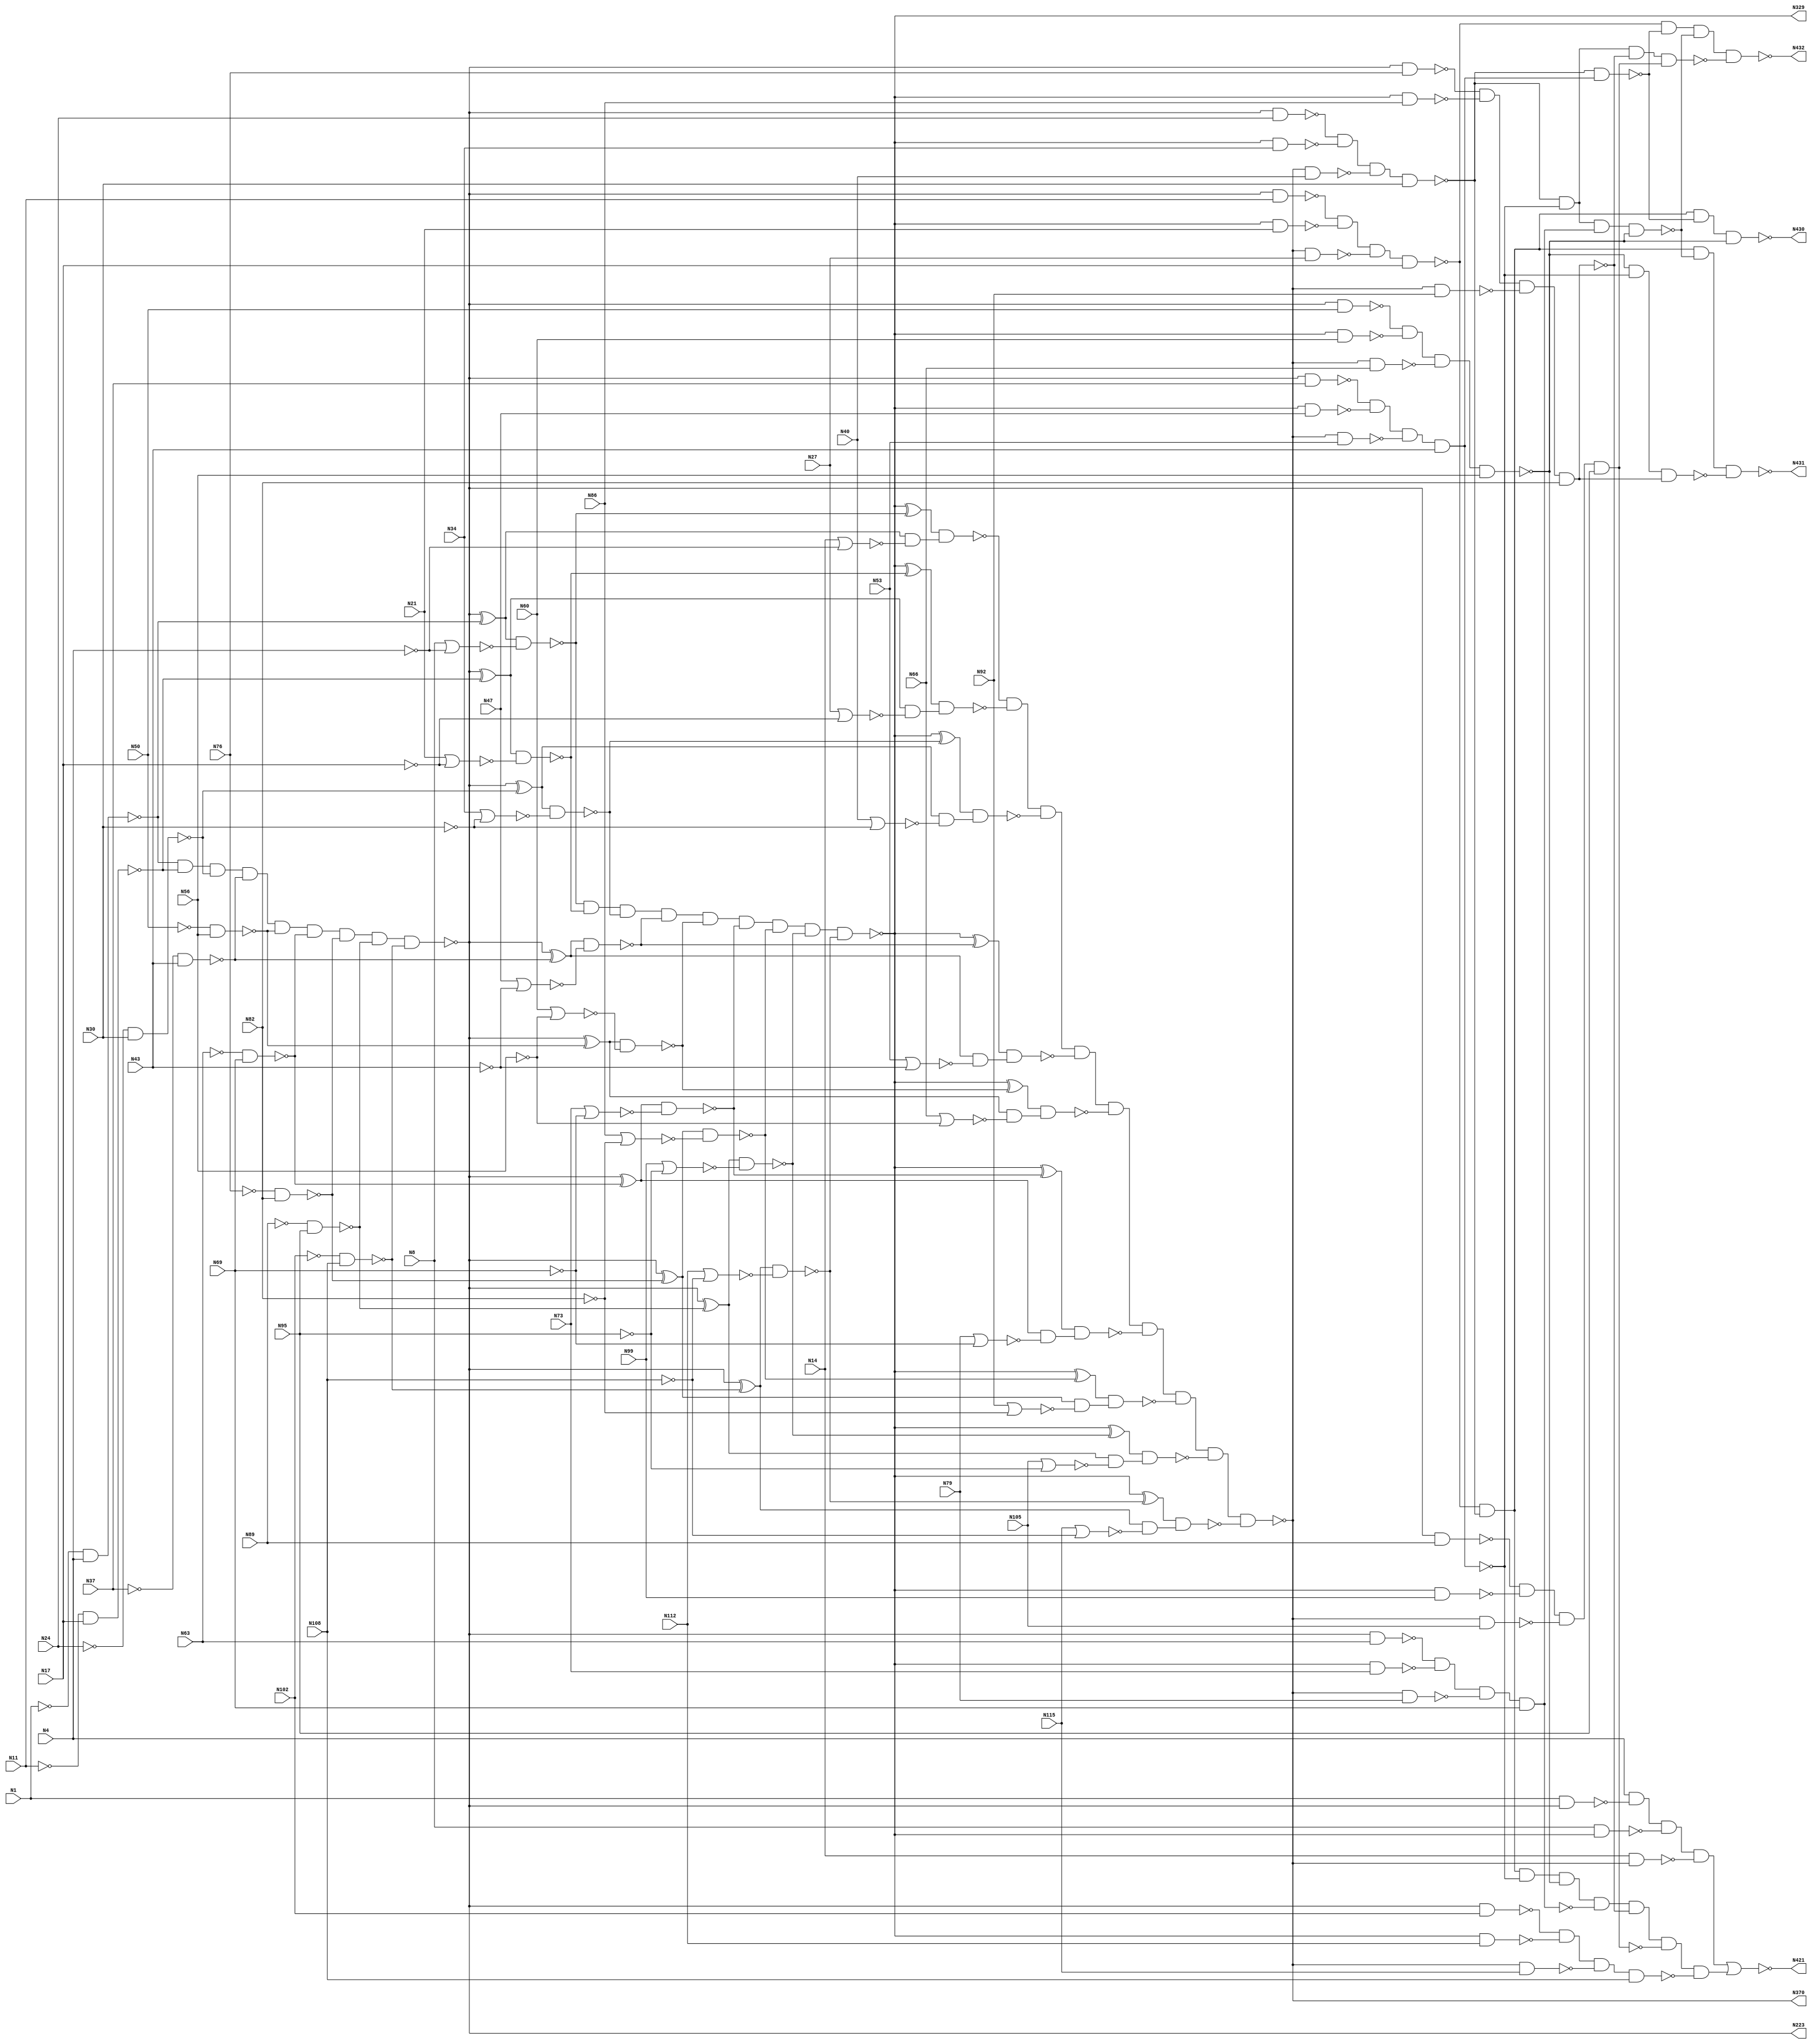

module c432 (N1,N4,N8,N11,N14,N17,N21,N24,N27,N30,
             N34,N37,N40,N43,N47,N50,N53,N56,N60,N63,
             N66,N69,N73,N76,N79,N82,N86,N89,N92,N95,
             N99,N102,N105,N108,N112,N115,N223,N329,N370,N421,
             N430,N431,N432);

input N1,N4,N8,N11,N14,N17,N21,N24,N27,N30,
      N34,N37,N40,N43,N47,N50,N53,N56,N60,N63,  
      N66,N69,N73,N76,N79,N82,N86,N89,N92,N95, 
      N99,N102,N105,N108,N112,N115;

output N223,N329,N370,N421,N430,N431,N432;

wire N118,N119,N122,N123,N126,N127,N130,N131,N134,N135,
     N138,N139,N142,N143,N146,N147,N150,N151,N154,N157,
     N158,N159,N162,N165,N168,N171,N174,N177,N180,N183,
     N184,N185,N186,N187,N188,N189,N190,N191,N192,N193,
     N194,N195,N196,N197,N198,N199,N203,N213,N224,N227,
     N230,N233,N236,N239,N242,N243,N246,N247,N250,N251,
     N254,N255,N256,N257,N258,N259,N260,N263,N264,N267,
     N270,N273,N276,N279,N282,N285,N288,N289,N290,N291,
     N292,N293,N294,N295,N296,N300,N301,N302,N303,N304,
     N305,N306,N307,N308,N309,N319,N330,N331,N332,N333,
     N334,N335,N336,N337,N338,N339,N340,N341,N342,N343,
     N344,N345,N346,N347,N348,N349,N350,N351,N352,N353,
     N354,N355,N356,N357,N360,N371,N372,N373,N374,N375,
     N376,N377,N378,N379,N380,N381,N386,N393,N399,N404,
     N407,N411,N414,N415,N416,N417,N418,N419,N420,N422,
     N425,N428,N429;

not NOT1_1 (N118, N1);
not NOT1_2 (N119, N4);
not NOT1_3 (N122, N11);
not NOT1_4 (N123, N17);
not NOT1_5 (N126, N24);
not NOT1_6 (N127, N30);
not NOT1_7 (N130, N37);
not NOT1_8 (N131, N43);
not NOT1_9 (N134, N50);
not NOT1_10 (N135, N56);
not NOT1_11 (N138, N63);
not NOT1_12 (N139, N69);
not NOT1_13 (N142, N76);
not NOT1_14 (N143, N82);
not NOT1_15 (N146, N89);
not NOT1_16 (N147, N95);
not NOT1_17 (N150, N102);
not NOT1_18 (N151, N108);
nand NAND2_19 (N154, N118, N4);
nor NOR2_20 (N157, N8, N119);
nor NOR2_21 (N158, N14, N119);
nand NAND2_22 (N159, N122, N17);
nand NAND2_23 (N162, N126, N30);
nand NAND2_24 (N165, N130, N43);
nand NAND2_25 (N168, N134, N56);
nand NAND2_26 (N171, N138, N69);
nand NAND2_27 (N174, N142, N82);
nand NAND2_28 (N177, N146, N95);
nand NAND2_29 (N180, N150, N108);
nor NOR2_30 (N183, N21, N123);
nor NOR2_31 (N184, N27, N123);
nor NOR2_32 (N185, N34, N127);
nor NOR2_33 (N186, N40, N127);
nor NOR2_34 (N187, N47, N131);
nor NOR2_35 (N188, N53, N131);
nor NOR2_36 (N189, N60, N135);
nor NOR2_37 (N190, N66, N135);
nor NOR2_38 (N191, N73, N139);
nor NOR2_39 (N192, N79, N139);
nor NOR2_40 (N193, N86, N143);
nor NOR2_41 (N194, N92, N143);
nor NOR2_42 (N195, N99, N147);
nor NOR2_43 (N196, N105, N147);
nor NOR2_44 (N197, N112, N151);
nor NOR2_45 (N198, N115, N151);
and AND9_46 (N199, N154, N159, N162, N165, N168, N171, N174, N177, N180);
not NOT1_47 (N203, N199);
not NOT1_48 (N213, N199);
not NOT1_49 (N223, N199);
xor XOR2_50 (N224, N203, N154);
xor XOR2_51 (N227, N203, N159);
xor XOR2_52 (N230, N203, N162);
xor XOR2_53 (N233, N203, N165);
xor XOR2_54 (N236, N203, N168);
xor XOR2_55 (N239, N203, N171);
nand NAND2_56 (N242, N1, N213);
xor XOR2_57 (N243, N203, N174);
nand NAND2_58 (N246, N213, N11);
xor XOR2_59 (N247, N203, N177);
nand NAND2_60 (N250, N213, N24);
xor XOR2_61 (N251, N203, N180);
nand NAND2_62 (N254, N213, N37);
nand NAND2_63 (N255, N213, N50);
nand NAND2_64 (N256, N213, N63);
nand NAND2_65 (N257, N213, N76);
nand NAND2_66 (N258, N213, N89);
nand NAND2_67 (N259, N213, N102);
nand NAND2_68 (N260, N224, N157);
nand NAND2_69 (N263, N224, N158);
nand NAND2_70 (N264, N227, N183);
nand NAND2_71 (N267, N230, N185);
nand NAND2_72 (N270, N233, N187);
nand NAND2_73 (N273, N236, N189);
nand NAND2_74 (N276, N239, N191);
nand NAND2_75 (N279, N243, N193);
nand NAND2_76 (N282, N247, N195);
nand NAND2_77 (N285, N251, N197);
nand NAND2_78 (N288, N227, N184);
nand NAND2_79 (N289, N230, N186);
nand NAND2_80 (N290, N233, N188);
nand NAND2_81 (N291, N236, N190);
nand NAND2_82 (N292, N239, N192);
nand NAND2_83 (N293, N243, N194);
nand NAND2_84 (N294, N247, N196);
nand NAND2_85 (N295, N251, N198);
and AND9_86 (N296, N260, N264, N267, N270, N273, N276, N279, N282, N285);
not NOT1_87 (N300, N263);
not NOT1_88 (N301, N288);
not NOT1_89 (N302, N289);
not NOT1_90 (N303, N290);
not NOT1_91 (N304, N291);
not NOT1_92 (N305, N292);
not NOT1_93 (N306, N293);
not NOT1_94 (N307, N294);
not NOT1_95 (N308, N295);
not NOT1_96 (N309, N296);
not NOT1_97 (N319, N296);
not NOT1_98 (N329, N296);
xor XOR2_99 (N330, N309, N260);
xor XOR2_100 (N331, N309, N264);
xor XOR2_101 (N332, N309, N267);
xor XOR2_102 (N333, N309, N270);
nand NAND2_103 (N334, N8, N319);
xor XOR2_104 (N335, N309, N273);
nand NAND2_105 (N336, N319, N21);
xor XOR2_106 (N337, N309, N276);
nand NAND2_107 (N338, N319, N34);
xor XOR2_108 (N339, N309, N279);
nand NAND2_109 (N340, N319, N47);
xor XOR2_110 (N341, N309, N282);
nand NAND2_111 (N342, N319, N60);
xor XOR2_112 (N343, N309, N285);
nand NAND2_113 (N344, N319, N73);
nand NAND2_114 (N345, N319, N86);
nand NAND2_115 (N346, N319, N99);
nand NAND2_116 (N347, N319, N112);
nand NAND2_117 (N348, N330, N300);
nand NAND2_118 (N349, N331, N301);
nand NAND2_119 (N350, N332, N302);
nand NAND2_120 (N351, N333, N303);
nand NAND2_121 (N352, N335, N304);
nand NAND2_122 (N353, N337, N305);
nand NAND2_123 (N354, N339, N306);
nand NAND2_124 (N355, N341, N307);
nand NAND2_125 (N356, N343, N308);
and AND9_126 (N357, N348, N349, N350, N351, N352, N353, N354, N355, N356);
not NOT1_127 (N360, N357);
not NOT1_128 (N370, N357);
nand NAND2_129 (N371, N14, N360);
nand NAND2_130 (N372, N360, N27);
nand NAND2_131 (N373, N360, N40);
nand NAND2_132 (N374, N360, N53);
nand NAND2_133 (N375, N360, N66);
nand NAND2_134 (N376, N360, N79);
nand NAND2_135 (N377, N360, N92);
nand NAND2_136 (N378, N360, N105);
nand NAND2_137 (N379, N360, N115);
nand NAND4_138 (N380, N4, N242, N334, N371);
nand NAND4_139 (N381, N246, N336, N372, N17);
nand NAND4_140 (N386, N250, N338, N373, N30);
nand NAND4_141 (N393, N254, N340, N374, N43);
nand NAND4_142 (N399, N255, N342, N375, N56);
nand NAND4_143 (N404, N256, N344, N376, N69);
nand NAND4_144 (N407, N257, N345, N377, N82);
nand NAND4_145 (N411, N258, N346, N378, N95);
nand NAND4_146 (N414, N259, N347, N379, N108);
not NOT1_147 (N415, N380);
and AND8_148 (N416, N381, N386, N393, N399, N404, N407, N411, N414);
not NOT1_149 (N417, N393);
not NOT1_150 (N418, N404);
not NOT1_151 (N419, N407);
not NOT1_152 (N420, N411);
nor NOR2_153 (N421, N415, N416);
nand NAND2_154 (N422, N386, N417);
nand NAND4_155 (N425, N386, N393, N418, N399);
nand NAND3_156 (N428, N399, N393, N419);
nand NAND4_157 (N429, N386, N393, N407, N420);
nand NAND4_158 (N430, N381, N386, N422, N399);
nand NAND4_159 (N431, N381, N386, N425, N428);
nand NAND4_160 (N432, N381, N422, N425, N429);

endmodule




//OUTPUT

/*(base) bhaavanaa@bhaavanaa:~/VLSI_lab/DA2$ python da2.py 
enter the verilog file name: c432.v

number of inputs=  36
inputs are:  ['N1', 'N4', 'N8', 'N11', 'N14', 'N17', 'N21', 'N24', 'N27', 'N30', 'N34', 'N37', 'N40', 'N43', 'N47', 'N50', 'N53', 'N56', 'N60', 'N63', 'N66', 'N69', 'N73', 'N76', 'N79', 'N82', 'N86', 'N89', 'N92', 'N95', 'N99', 'N102', 'N105', 'N108', 'N112', 'N115']



number of wires=  153
intermediate wires are:  ['N118', 'N119', 'N122', 'N123', 'N126', 'N127', 'N130', 'N131', 'N134', 'N135', 'N138', 'N139', 'N142', 'N143', 'N146', 'N147', 'N150', 'N151', 'N154', 'N157', 'N158', 'N159', 'N162', 'N165', 'N168', 'N171', 'N174', 'N177', 'N180', 'N183', 'N184', 'N185', 'N186', 'N187', 'N188', 'N189', 'N190', 'N191', 'N192', 'N193', 'N194', 'N195', 'N196', 'N197', 'N198', 'N199', 'N203', 'N213', 'N224', 'N227', 'N230', 'N233', 'N236', 'N239', 'N242', 'N243', 'N246', 'N247', 'N250', 'N251', 'N254', 'N255', 'N256', 'N257', 'N258', 'N259', 'N260', 'N263', 'N264', 'N267', 'N270', 'N273', 'N276', 'N279', 'N282', 'N285', 'N288', 'N289', 'N290', 'N291', 'N292', 'N293', 'N294', 'N295', 'N296', 'N300', 'N301', 'N302', 'N303', 'N304', 'N305', 'N306', 'N307', 'N308', 'N309', 'N319', 'N330', 'N331', 'N332', 'N333', 'N334', 'N335', 'N336', 'N337', 'N338', 'N339', 'N340', 'N341', 'N342', 'N343', 'N344', 'N345', 'N346', 'N347', 'N348', 'N349', 'N350', 'N351', 'N352', 'N353', 'N354', 'N355', 'N356', 'N357', 'N360', 'N371', 'N372', 'N373', 'N374', 'N375', 'N376', 'N377', 'N378', 'N379', 'N380', 'N381', 'N386', 'N393', 'N399', 'N404', 'N407', 'N411', 'N414', 'N415', 'N416', 'N417', 'N418', 'N419', 'N420', 'N422', 'N425', 'N428', 'N429']



number of outputs=  7
outputs are:  ['N223', 'N329', 'N370', 'N421', 'N430', 'N431', 'N432']



number of gates=  160
gate array is:  [['not', 'N118', 'N1'], ['not', 'N119', 'N4'], ['not', 'N122', 'N11'], ['not', 'N123', 'N17'], ['not', 'N126', 'N24'], ['not', 'N127', 'N30'], ['not', 'N130', 'N37'], ['not', 'N131', 'N43'], ['not', 'N134', 'N50'], ['not', 'N135', 'N56'], ['not', 'N138', 'N63'], ['not', 'N139', 'N69'], ['not', 'N142', 'N76'], ['not', 'N143', 'N82'], ['not', 'N146', 'N89'], ['not', 'N147', 'N95'], ['not', 'N150', 'N102'], ['not', 'N151', 'N108'], ['nand', 'N154', 'N118', 'N4'], ['nor', 'N157', 'N8', 'N119'], ['nor', 'N158', 'N14', 'N119'], ['nand', 'N159', 'N122', 'N17'], ['nand', 'N162', 'N126', 'N30'], ['nand', 'N165', 'N130', 'N43'], ['nand', 'N168', 'N134', 'N56'], ['nand', 'N171', 'N138', 'N69'], ['nand', 'N174', 'N142', 'N82'], ['nand', 'N177', 'N146', 'N95'], ['nand', 'N180', 'N150', 'N108'], ['nor', 'N183', 'N21', 'N123'], ['nor', 'N184', 'N27', 'N123'], ['nor', 'N185', 'N34', 'N127'], ['nor', 'N186', 'N40', 'N127'], ['nor', 'N187', 'N47', 'N131'], ['nor', 'N188', 'N53', 'N131'], ['nor', 'N189', 'N60', 'N135'], ['nor', 'N190', 'N66', 'N135'], ['nor', 'N191', 'N73', 'N139'], ['nor', 'N192', 'N79', 'N139'], ['nor', 'N193', 'N86', 'N143'], ['nor', 'N194', 'N92', 'N143'], ['nor', 'N195', 'N99', 'N147'], ['nor', 'N196', 'N105', 'N147'], ['nor', 'N197', 'N112', 'N151'], ['nor', 'N198', 'N115', 'N151'], ['and', 'N199', 'N154', 'N159', 'N162', 'N165', 'N168', 'N171', 'N174', 'N177', 'N180'], ['not', 'N203', 'N199'], ['not', 'N213', 'N199'], ['not', 'N223', 'N199'], ['xor', 'N224', 'N203', 'N154'], ['xor', 'N227', 'N203', 'N159'], ['xor', 'N230', 'N203', 'N162'], ['xor', 'N233', 'N203', 'N165'], ['xor', 'N236', 'N203', 'N168'], ['xor', 'N239', 'N203', 'N171'], ['nand', 'N242', 'N1', 'N213'], ['xor', 'N243', 'N203', 'N174'], ['nand', 'N246', 'N213', 'N11'], ['xor', 'N247', 'N203', 'N177'], ['nand', 'N250', 'N213', 'N24'], ['xor', 'N251', 'N203', 'N180'], ['nand', 'N254', 'N213', 'N37'], ['nand', 'N255', 'N213', 'N50'], ['nand', 'N256', 'N213', 'N63'], ['nand', 'N257', 'N213', 'N76'], ['nand', 'N258', 'N213', 'N89'], ['nand', 'N259', 'N213', 'N102'], ['nand', 'N260', 'N224', 'N157'], ['nand', 'N263', 'N224', 'N158'], ['nand', 'N264', 'N227', 'N183'], ['nand', 'N267', 'N230', 'N185'], ['nand', 'N270', 'N233', 'N187'], ['nand', 'N273', 'N236', 'N189'], ['nand', 'N276', 'N239', 'N191'], ['nand', 'N279', 'N243', 'N193'], ['nand', 'N282', 'N247', 'N195'], ['nand', 'N285', 'N251', 'N197'], ['nand', 'N288', 'N227', 'N184'], ['nand', 'N289', 'N230', 'N186'], ['nand', 'N290', 'N233', 'N188'], ['nand', 'N291', 'N236', 'N190'], ['nand', 'N292', 'N239', 'N192'], ['nand', 'N293', 'N243', 'N194'], ['nand', 'N294', 'N247', 'N196'], ['nand', 'N295', 'N251', 'N198'], ['and', 'N296', 'N260', 'N264', 'N267', 'N270', 'N273', 'N276', 'N279', 'N282', 'N285'], ['not', 'N300', 'N263'], ['not', 'N301', 'N288'], ['not', 'N302', 'N289'], ['not', 'N303', 'N290'], ['not', 'N304', 'N291'], ['not', 'N305', 'N292'], ['not', 'N306', 'N293'], ['not', 'N307', 'N294'], ['not', 'N308', 'N295'], ['not', 'N309', 'N296'], ['not', 'N319', 'N296'], ['not', 'N329', 'N296'], ['xor', 'N330', 'N309', 'N260'], ['xor', 'N331', 'N309', 'N264'], ['xor', 'N332', 'N309', 'N267'], ['xor', 'N333', 'N309', 'N270'], ['nand', 'N334', 'N8', 'N319'], ['xor', 'N335', 'N309', 'N273'], ['nand', 'N336', 'N319', 'N21'], ['xor', 'N337', 'N309', 'N276'], ['nand', 'N338', 'N319', 'N34'], ['xor', 'N339', 'N309', 'N279'], ['nand', 'N340', 'N319', 'N47'], ['xor', 'N341', 'N309', 'N282'], ['nand', 'N342', 'N319', 'N60'], ['xor', 'N343', 'N309', 'N285'], ['nand', 'N344', 'N319', 'N73'], ['nand', 'N345', 'N319', 'N86'], ['nand', 'N346', 'N319', 'N99'], ['nand', 'N347', 'N319', 'N112'], ['nand', 'N348', 'N330', 'N300'], ['nand', 'N349', 'N331', 'N301'], ['nand', 'N350', 'N332', 'N302'], ['nand', 'N351', 'N333', 'N303'], ['nand', 'N352', 'N335', 'N304'], ['nand', 'N353', 'N337', 'N305'], ['nand', 'N354', 'N339', 'N306'], ['nand', 'N355', 'N341', 'N307'], ['nand', 'N356', 'N343', 'N308'], ['and', 'N357', 'N348', 'N349', 'N350', 'N351', 'N352', 'N353', 'N354', 'N355', 'N356'], ['not', 'N360', 'N357'], ['not', 'N370', 'N357'], ['nand', 'N371', 'N14', 'N360'], ['nand', 'N372', 'N360', 'N27'], ['nand', 'N373', 'N360', 'N40'], ['nand', 'N374', 'N360', 'N53'], ['nand', 'N375', 'N360', 'N66'], ['nand', 'N376', 'N360', 'N79'], ['nand', 'N377', 'N360', 'N92'], ['nand', 'N378', 'N360', 'N105'], ['nand', 'N379', 'N360', 'N115'], ['nand', 'N380', 'N4', 'N242', 'N334', 'N371'], ['nand', 'N381', 'N246', 'N336', 'N372', 'N17'], ['nand', 'N386', 'N250', 'N338', 'N373', 'N30'], ['nand', 'N393', 'N254', 'N340', 'N374', 'N43'], ['nand', 'N399', 'N255', 'N342', 'N375', 'N56'], ['nand', 'N404', 'N256', 'N344', 'N376', 'N69'], ['nand', 'N407', 'N257', 'N345', 'N377', 'N82'], ['nand', 'N411', 'N258', 'N346', 'N378', 'N95'], ['nand', 'N414', 'N259', 'N347', 'N379', 'N108'], ['not', 'N415', 'N380'], ['and', 'N416', 'N381', 'N386', 'N393', 'N399', 'N404', 'N407', 'N411', 'N414'], ['not', 'N417', 'N393'], ['not', 'N418', 'N404'], ['not', 'N419', 'N407'], ['not', 'N420', 'N411'], ['nor', 'N421', 'N415', 'N416'], ['nand', 'N422', 'N386', 'N417'], ['nand', 'N425', 'N386', 'N393', 'N418', 'N399'], ['nand', 'N428', 'N399', 'N393', 'N419'], ['nand', 'N429', 'N386', 'N393', 'N407', 'N420'], ['nand', 'N430', 'N381', 'N386', 'N422', 'N399'], ['nand', 'N431', 'N381', 'N386', 'N425', 'N428'], ['nand', 'N432', 'N381', 'N422', 'N425', 'N429']]


input probabilities: 
N1 0.5
N4 0.5
N8 0.5
N11 0.5
N14 0.5
N17 0.5
N21 0.5
N24 0.5
N27 0.5
N30 0.5
N34 0.5
N37 0.5
N40 0.5
N43 0.5
N47 0.5
N50 0.5
N53 0.5
N56 0.5
N60 0.5
N63 0.5
N66 0.5
N69 0.5
N73 0.5
N76 0.5
N79 0.5
N82 0.5
N86 0.5
N89 0.5
N92 0.5
N95 0.5
N99 0.5
N102 0.5
N105 0.5
N108 0.5
N112 0.5
N115 0.5


probability of intermediate wires:
N118 0.5
N119 0.5
N122 0.5
N123 0.5
N126 0.5
N127 0.5
N130 0.5
N131 0.5
N134 0.5
N135 0.5
N138 0.5
N139 0.5
N142 0.5
N143 0.5
N146 0.5
N147 0.5
N150 0.5
N151 0.5
N154 0.75
N157 0.25
N158 0.25
N159 0.75
N162 0.75
N165 0.75
N168 0.75
N171 0.75
N174 0.75
N177 0.75
N180 0.75
N183 0.25
N184 0.25
N185 0.25
N186 0.25
N187 0.25
N188 0.25
N189 0.25
N190 0.25
N191 0.25
N192 0.25
N193 0.25
N194 0.25
N195 0.25
N196 0.25
N197 0.25
N198 0.25
N199 0.07508468627929688
N203 0.9249153137207031
N213 0.9249153137207031
N224 0.3623011741337847
N227 0.3623011741337847
N230 0.3623011741337847
N233 0.3623011741337847
N236 0.3623011741337847
N239 0.3623011741337847
N242 0.5375423431396484
N243 0.4778639992448447
N246 0.5375423431396484
N247 0.4778639992448447
N250 0.5375423431396484
N251 0.4778639992448447
N254 0.5375423431396484
N255 0.5375423431396484
N256 0.5375423431396484
N257 0.5375423431396484
N258 0.5375423431396484
N259 0.5375423431396484
N260 0.9094247064665538
N263 0.9094247064665538
N264 0.9094247064665538
N267 0.9094247064665538
N270 0.9094247064665538
N273 0.9094247064665538
N276 0.9094247064665538
N279 0.8805340001887888
N282 0.8805340001887888
N285 0.8805340001887888
N288 0.9094247064665538
N289 0.9094247064665538
N290 0.9094247064665538
N291 0.9094247064665538
N292 0.9094247064665538
N293 0.8805340001887888
N294 0.8805340001887888
N295 0.8805340001887888
N296 0.386223665911288
N300 0.09057529353344618
N301 0.09057529353344618
N302 0.09057529353344618
N303 0.09057529353344618
N304 0.09057529353344618
N305 0.09057529353344618
N306 0.1194659998112112
N307 0.1194659998112112
N308 0.1194659998112112
N309 0.613776334088712
N319 0.613776334088712
N330 0.5143455282988519
N331 0.5143455282988519
N332 0.5143455282988519
N333 0.5143455282988519
N334 0.693111832955644
N335 0.3623125697627436
N336 0.693111832955644
N337 0.3623125697627436
N338 0.693111832955644
N339 0.3567864470290622
N340 0.693111832955644
N341 0.3567864470290622
N342 0.693111832955644
N343 0.3567864470290622
N344 0.693111832955644
N345 0.693111832955644
N346 0.693111832955644
N347 0.693111832955644
N348 0.953413002796716
N349 0.953413002796716
N350 0.953413002796716
N351 0.953413002796716
N352 0.9671834326428823
N353 0.9671834326428823
N354 0.9573761503865833
N355 0.9573761503865833
N356 0.9573761503865833
N357 0.6782499851526305
N360 0.32175001484736954
N371 0.8391249925763152
N372 0.8391249925763152
N373 0.8391249925763152
N374 0.8391249925763152
N375 0.8391249925763152
N376 0.8391249925763152
N377 0.8391249925763152
N378 0.8391249925763152
N379 0.8391249925763152
N380 0.8436806811295845
N381 0.8436806811295845
N386 0.8436806811295845
N393 0.8436806811295845
N399 0.8436806811295845
N404 0.8436806811295845
N407 0.8436806811295845
N411 0.8436806811295845
N414 0.8436806811295845
N415 0.1563193188704155
N416 0.25669939012156634
N417 0.1563193188704155
N418 0.1563193188704155
N419 0.1563193188704155
N420 0.1563193188704155
N422 0.8681164105816952
N425 0.9061256446076061
N428 0.8887323634497502
N429 0.9061256446076061


probability of the outputs: 
N223 0.9249153137207031
N329 0.613776334088712
N370 0.32175001484736954
N421 0.6271083648262724
N430 0.4786705249370259
N431 0.42678753446255757
N432 0.39864224754312905


activity factors of intermediate wires:
N118 0.25
N119 0.25
N122 0.25
N123 0.25
N126 0.25
N127 0.25
N130 0.25
N131 0.25
N134 0.25
N135 0.25
N138 0.25
N139 0.25
N142 0.25
N143 0.25
N146 0.25
N147 0.25
N150 0.25
N151 0.25
N154 0.1875
N157 0.1875
N158 0.1875
N159 0.1875
N162 0.1875
N165 0.1875
N168 0.1875
N171 0.1875
N174 0.1875
N177 0.1875
N180 0.1875
N183 0.1875
N184 0.1875
N185 0.1875
N186 0.1875
N187 0.1875
N188 0.1875
N189 0.1875
N190 0.1875
N191 0.1875
N192 0.1875
N193 0.1875
N194 0.1875
N195 0.1875
N196 0.1875
N197 0.1875
N198 0.1875
N199 0.0694
N203 0.0694
N213 0.0694
N224 0.231
N227 0.231
N230 0.231
N233 0.231
N236 0.231
N239 0.231
N242 0.2486
N243 0.2495
N246 0.2486
N247 0.2495
N250 0.2486
N251 0.2495
N254 0.2486
N255 0.2486
N256 0.2486
N257 0.2486
N258 0.2486
N259 0.2486
N260 0.0824
N263 0.0824
N264 0.0824
N267 0.0824
N270 0.0824
N273 0.0824
N276 0.0824
N279 0.1052
N282 0.1052
N285 0.1052
N288 0.0824
N289 0.0824
N290 0.0824
N291 0.0824
N292 0.0824
N293 0.1052
N294 0.1052
N295 0.1052
N296 0.2371
N300 0.0824
N301 0.0824
N302 0.0824
N303 0.0824
N304 0.0824
N305 0.0824
N306 0.1052
N307 0.1052
N308 0.1052
N309 0.2371
N319 0.2371
N330 0.2498
N331 0.2498
N332 0.2498
N333 0.2498
N334 0.2127
N335 0.231
N336 0.2127
N337 0.231
N338 0.2127
N339 0.2295
N340 0.2127
N341 0.2295
N342 0.2127
N343 0.2295
N344 0.2127
N345 0.2127
N346 0.2127
N347 0.2127
N348 0.0444
N349 0.0444
N350 0.0444
N351 0.0444
N352 0.0317
N353 0.0317
N354 0.0408
N355 0.0408
N356 0.0408
N357 0.2182
N360 0.2182
N371 0.135
N372 0.135
N373 0.135
N374 0.135
N375 0.135
N376 0.135
N377 0.135
N378 0.135
N379 0.135
N380 0.1319
N381 0.1319
N386 0.1319
N393 0.1319
N399 0.1319
N404 0.1319
N407 0.1319
N411 0.1319
N414 0.1319
N415 0.1319
N416 0.1908
N417 0.1319
N418 0.1319
N419 0.1319
N420 0.1319
N422 0.1145
N425 0.0851
N428 0.0989
N429 0.0851


activity factors of the outputs: 
N223 0.0694
N329 0.2371
N370 0.2182
N421 0.2338
N430 0.2495
N431 0.2446
N432 0.2397


(base) bhaavanaa@bhaavanaa:~/VLSI_lab/DA2$*/